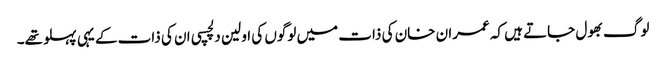
لوگ بھول جاتے ہیں کہ عمران خان کی ذات میں لوگوں کی اولین دلچسپی ان کی ذات کے یہی پہلو تھے۔